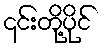
၎င်းတို့ပိုင်